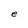
Character: e